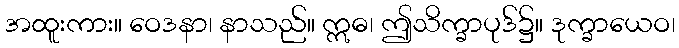
အထူးကား။ ဝေဒနာ၊ နာသည်။ ဣဓ၊ ဤသိက္ခာပုဒ်၌။ ဒုက္ခာယေဝ၊